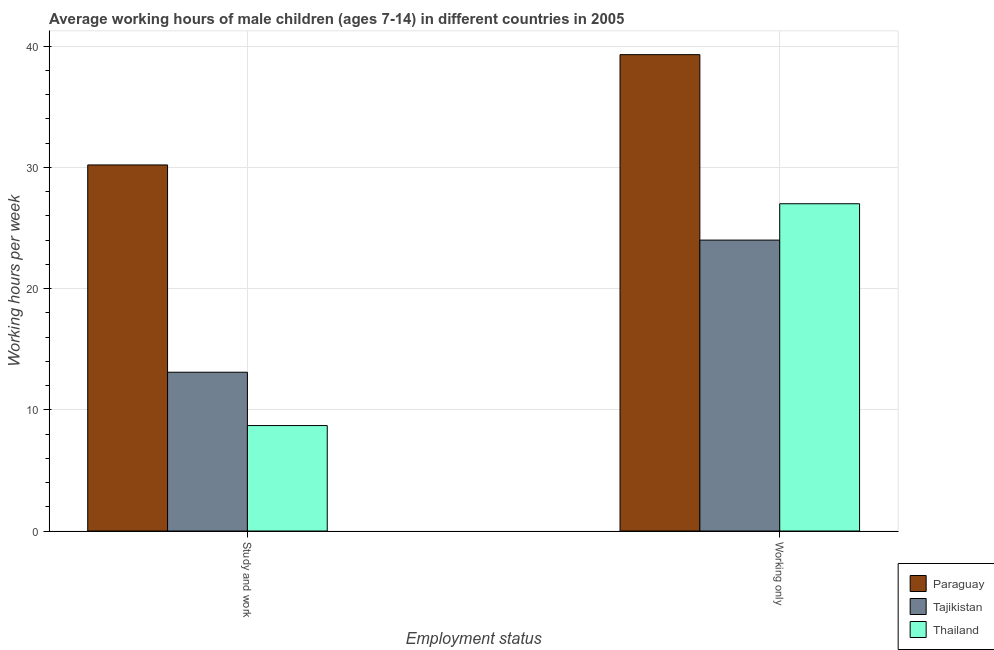
| Employment status | Paraguay | Tajikistan | Thailand |
 | --- | --- | --- | --- |
 | Study and work | 30.2 | 13.1 | 8.7 |
 | Working only | 39.3 | 24 | 27 |